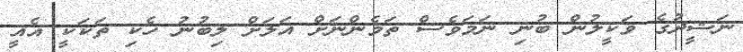
ނަޝީދުގެ ވަކީލުން ބުނި ނަމަވެސް ތަމެންނަށް އަލަށް ލިބުނު ހެކިި ތަކަކީ އެއީ